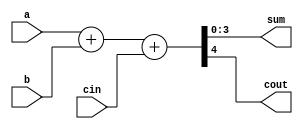

// Dataflow modeling

module full_adder_n(a,b,cin,sum,cout);
	parameter N=4;	// number of bits
	input [N-1:0]a,b;
	input cin;
	output [N-1:0]sum;
	output cout;
	
			assign {cout,sum} = a+b+cin;
			// sum = a^b^cin;
			// cout = (a&b)|(b&cin)|(cin&a);
endmodule	 

/*
// BehavioraL Modeling 

module full_adder_n(a,b,cin,sum,cout);
	parameter N=4;	// number of bits
	input [N-1:0]a,b;
	input cin;
	output reg [N-1:0]sum;
	output reg cout;
	
	always @(a or b or cin)
	begin
		sum = a^b^cin;
		cout = (a&b)|(b&cin)|(cin&a);
	end	
endmodule	
*/